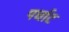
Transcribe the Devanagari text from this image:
पर्घाट